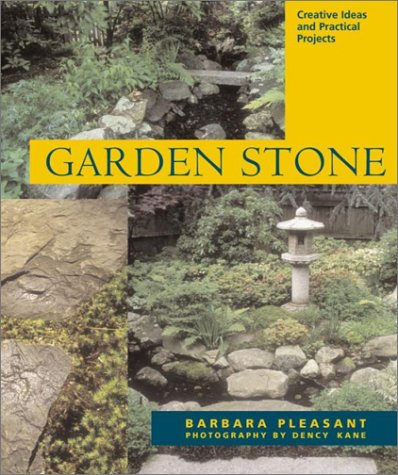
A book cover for Garden Stone: Creative Ideas, Practical Projects, and Inspiration for Purely Decorative Uses; Barbara Pleasant; Crafts, Hobbies & Home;